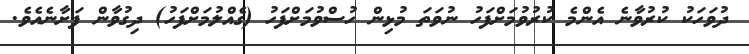
ދުވަހަކު ކުރުވާނެ އެންމެ ކުރުވުމަށްފަހު ނުވަތަ މުޅިން ހުސްވުމަށްފަހު (ގެއްލުމަށްފަހު) ދިގުވާން ފަށާނެއެވެ.